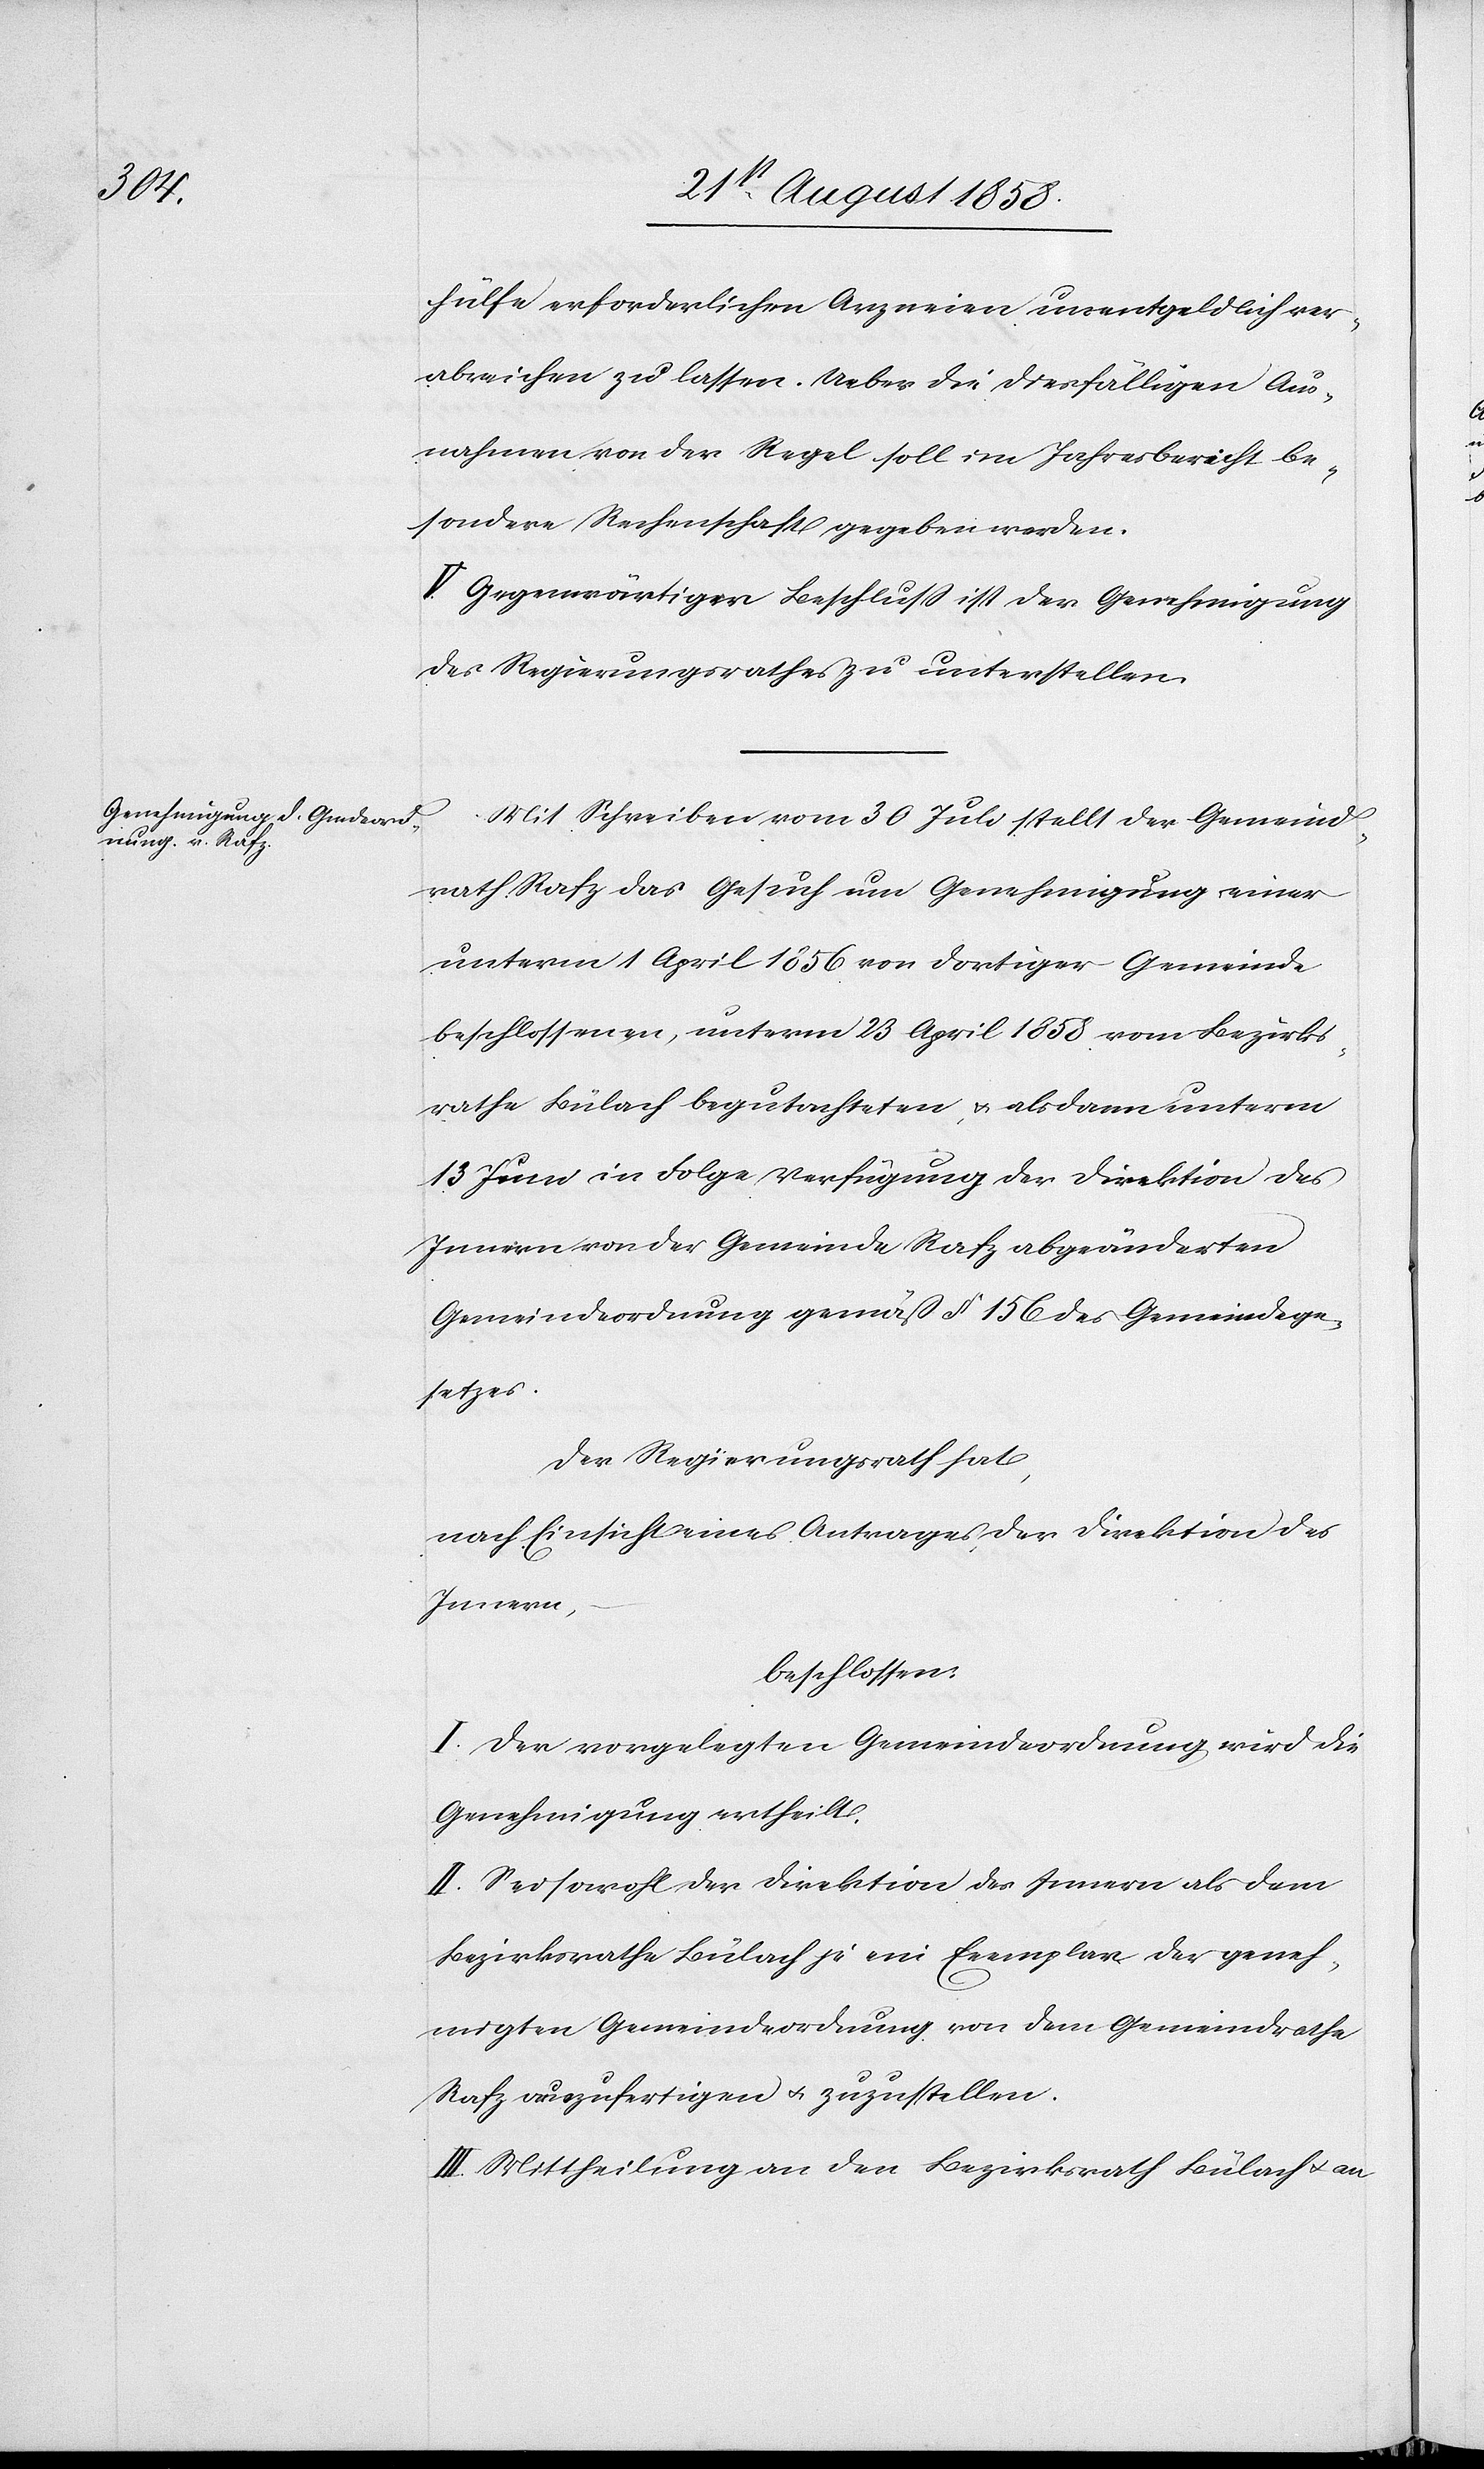
hülfe erforderlichen Arzneien unentgeldlich ver¬
abreichen zu lassen. Ueber die diesfälligen Aus¬
nahmen von der Regel soll im Jahresbericht be¬
sondere Rechenschaft gegeben werden.
V. Gegenwärtiger Beschluss ist der Genehmigung
des Regierungsrathes zu unterstellen.
Mit Schreiben vom 30 Juli stellt der Gemeind¬
rath Rafz das Gesuch um Genehmigung einer
unterm 1 April 1856 von dortiger Gemeinde
beschlossenen, unterm 23 April 1858 vom Bezirks¬
rathe Bülach begutachteten, & alsdann unterm
13 Juni in Folge Verfügung der Direktion des
Innern von der Gemeinde Rafz abgeänderten
Gemeindeordnung gemäß § 156 des Gemeindege¬
setzes.
Der Regierungsrath hat,
nach Einsicht eines Antrages der Direktion des
Innern,
beschlossen:
I. Der vorgelegten Gemeindeordnung wird die
Genehmigung ertheilt.
II. Sei sowohl der Direktion des Innern als dem
Bezirksrathe Bülach je ein Exemplar der geneh¬
migten Gemeindeordnung von dem Gemeindrathe
Rafz auszufertigen & zuzustellen.
III. Mittheilung an den Bezirksrath Bülach & an